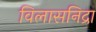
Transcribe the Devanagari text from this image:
विलासनिद्रा